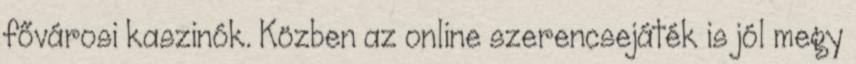
fővárosi kaszinók. Közben az online szerencsejáték is jól megy